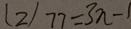
( 2 ) 7 7 = 3 n - 1